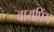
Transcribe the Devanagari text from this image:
वायपिंग